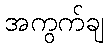
အကွက်ချ